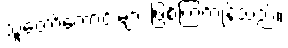
သူတော်ကောင်းများ ဖြစ်ကြကုန်သည်။